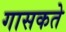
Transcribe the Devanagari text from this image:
गासकते